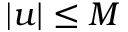
| u | \leq M